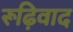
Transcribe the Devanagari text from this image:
रूढ़िवाद